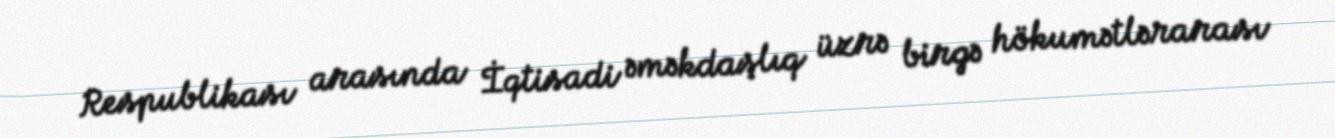
Respublikası arasında İqtisadi əməkdaşlıq üzrə birgə hökumətlərarası